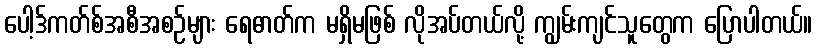
ပေါ့ဒ်ကတ်စ်အစီအစဉ်များ ရေဓာတ်က မရှိမဖြစ် လိုအပ်တယ်လို့ ကျွမ်းကျင်သူတွေက ပြောပါတယ်။